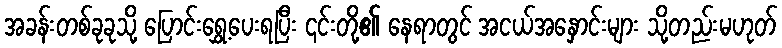
အခန်းတစ်ခုခုသို့ ပြောင်းရွှေ့ပေးရပြီး ၎င်းတို့၏ နေရာတွင် အငယ်အနှောင်းများ သို့တည်းမဟုတ်